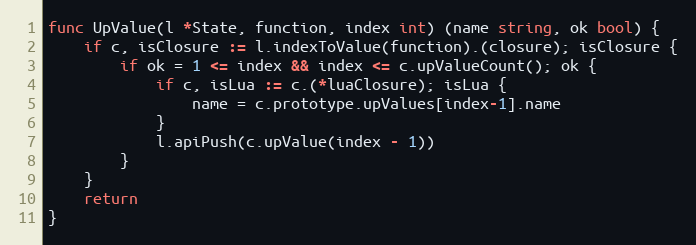
Language: Go
func UpValue(l *State, function, index int) (name string, ok bool) {
	if c, isClosure := l.indexToValue(function).(closure); isClosure {
		if ok = 1 <= index && index <= c.upValueCount(); ok {
			if c, isLua := c.(*luaClosure); isLua {
				name = c.prototype.upValues[index-1].name
			}
			l.apiPush(c.upValue(index - 1))
		}
	}
	return
}